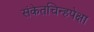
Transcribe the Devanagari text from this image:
संकेतचिन्हपेक्षा